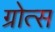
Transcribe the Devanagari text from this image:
ग्रोत्स